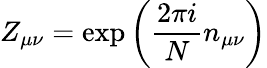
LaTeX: Z_{\mu\nu}=\exp\left(\frac{2\pi i}{N}n_{\mu\nu}\right)